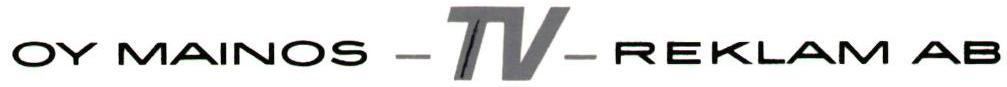
OY MAINOS - TV - REKLAM AB